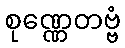
စုဏ္ဏေတဗ္ဗံ